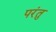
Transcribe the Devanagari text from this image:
परंतु